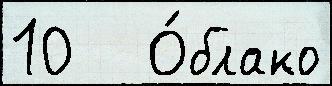
10   О́блако